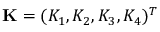
\mathbf { K } = ( K _ { 1 } , K _ { 2 } , K _ { 3 } , K _ { 4 } ) ^ { T }